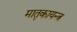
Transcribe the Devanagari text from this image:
मातृकायन्त्र